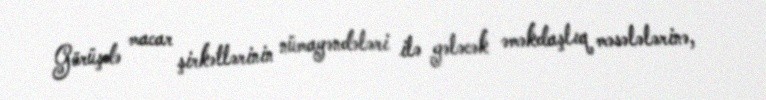
Görüşdə macar şirkətlərinin nümayəndələri ilə gələcək əməkdaşlıq məsələlərinə,